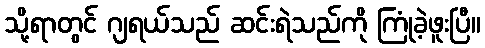
သို့ရာတွင် ဂျရယ်သည် ဆင်းရဲသည်ကို ကြုံခဲ့ဖူးပြီ။